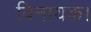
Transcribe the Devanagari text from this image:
विनायक।